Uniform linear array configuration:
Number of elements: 48
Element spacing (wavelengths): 0.75
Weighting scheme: cosine
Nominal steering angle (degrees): -60
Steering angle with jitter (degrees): -59.502
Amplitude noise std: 0.05
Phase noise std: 0.05

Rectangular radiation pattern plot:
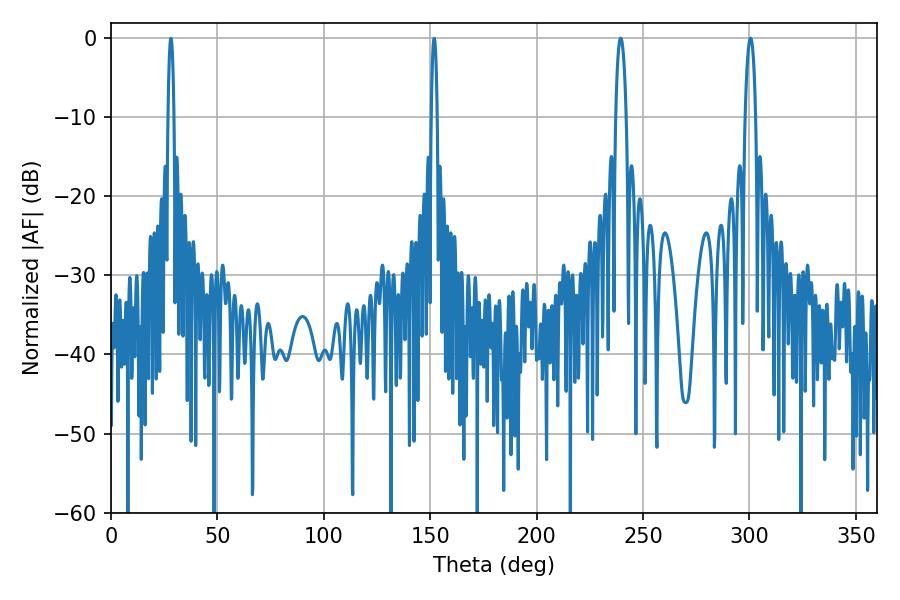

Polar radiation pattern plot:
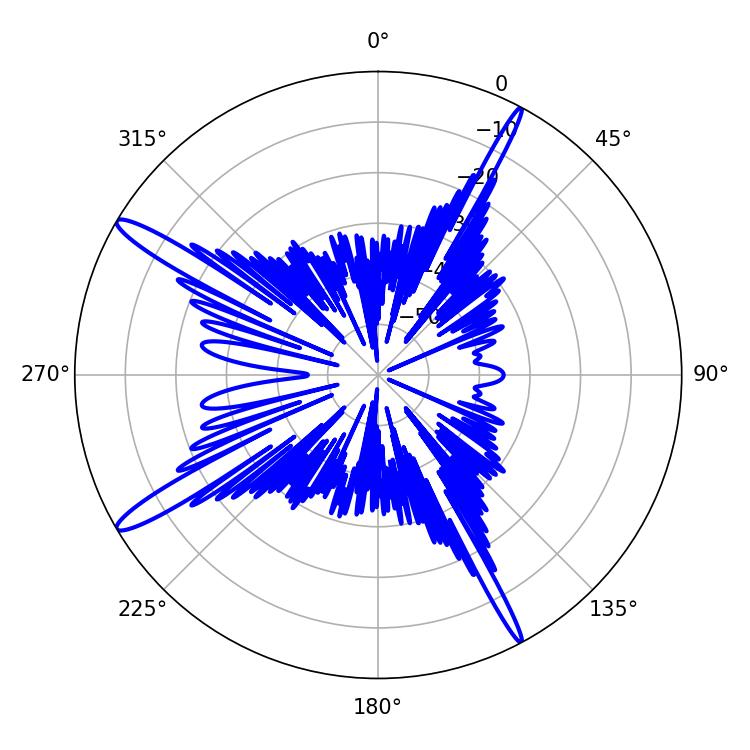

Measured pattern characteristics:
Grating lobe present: TRUE
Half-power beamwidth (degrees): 2.7
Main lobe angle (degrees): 300.42